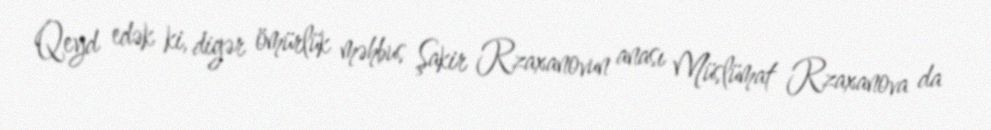
Qeyd edək ki, digər ömürlük məhbus Şakir Rzaxanovun anası Müslümat Rzaxanova da